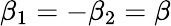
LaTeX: \beta_{1}=-\beta_{2}=\beta